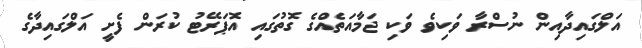
އަލްގައިދާއިން ނުސްރާ ވަކިވެ ވަކި ޖަމާއަތެއްގެ ގޮތުގައި އޮޕަރޭޓު ކުރަން ފެށީ އަލްގައިދާގެ